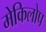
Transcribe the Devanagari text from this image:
मेकिलोप